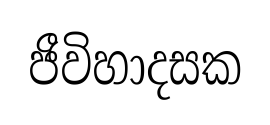
ජීවිහාදසක